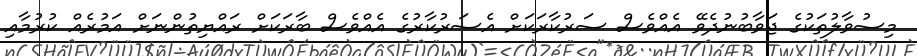
މިސުވާލުތަކުގެ ޖަވާބުނުދެވޭ އެއްވެސް ސަރުކާރަކަށް އެސަރުކާރުގެ އެއްވެސް ބާރަކަށް ރައްޔިތުންނަށް އަމުރެއް ކުރުމާއި